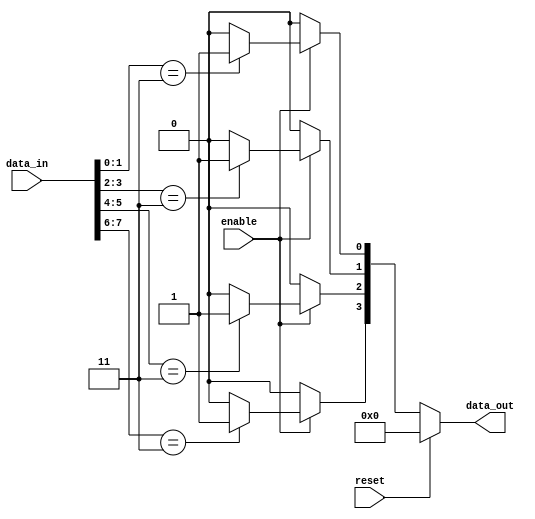
module adjacency_groups #(
    parameter INPUT_WIDTH = 8,  // Number of input signals
    parameter GROUP_SIZE = 2     // Size of the adjacency group
)(
    input  wire [INPUT_WIDTH-1:0]  data_in,      // Input signals
    input  wire                      enable,       // Enable signal
    input  wire                      reset,        // Reset signal
    output reg  [INPUT_WIDTH/GROUP_SIZE-1:0]  data_out // Output result
);

// Internal signals
reg [GROUP_SIZE-1:0] group;
// Generate adjacency groups
integer i;

// Always block for grouping and processing logic
always @(*) begin
    if (reset) begin
        data_out = 0;  // Reset output
    end else if (enable) begin
        // Initialize output
        data_out = 0;
        for (i = 0; i < INPUT_WIDTH; i = i + GROUP_SIZE) begin
            group = data_in[i +: GROUP_SIZE]; // Extract the current group
            // Perform combinational operation (AND operation example)
            if (group == {GROUP_SIZE{1'b1}}) begin
                data_out[i/GROUP_SIZE] = 1'b1;  // Output 1 if all inputs are 1
            end else begin
                data_out[i/GROUP_SIZE] = 1'b0;  // Output 0 otherwise
            end
        end
    end else begin
        data_out = 0;  // Disable output unless enabled
    end
end

endmodule